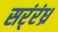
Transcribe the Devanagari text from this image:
सर्ंरंध्र